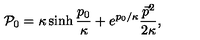
{ \cal P } _ { 0 } = \kappa \sinh \frac { p _ { 0 } } \kappa + e ^ { p _ { 0 } / \kappa } \frac { \vec { p } { } ^ { 2 } } { 2 \kappa } ,